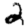
Digit: 2